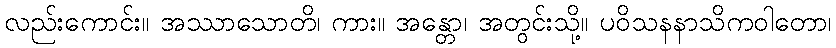
လည်းကောင်း။ အဿာသောတိ၊ ကား။ အန္တော၊ အတွင်းသို့။ ပဝိသနနာသိကဝါတော၊